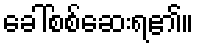
ခေါ်စစ်ဆေးရ၏။